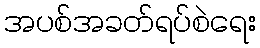
အပစ်အခတ်ရပ်စဲရေး